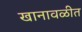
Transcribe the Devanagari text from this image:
खानावळीत